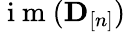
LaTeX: \mathrm{~i~m~}(\mathbf D_{[n]})